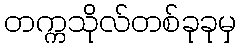
တက္ကသိုလ်တစ်ခုခုမှ